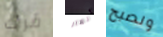
قرأت أنهار ونصبح